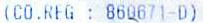
(CO. RFG : 860671-D)